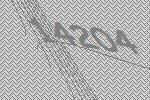
14204